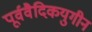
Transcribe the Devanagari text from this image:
पूर्ववैदिकयुगीन